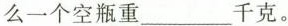
么一个空瓶重___千克。